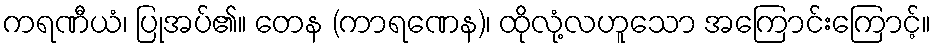
ကရဏီယံ၊ ပြုအပ်၏။ တေန (ကာရဏေန)၊ ထိုလုံ့လဟူသော အကြောင်းကြောင့်။